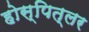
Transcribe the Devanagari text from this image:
होस्पित्लर